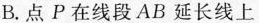
B.点P在线段AB延长线上